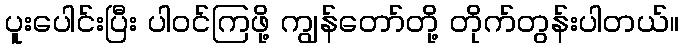
ပူးပေါင်းပြီး ပါဝင်ကြဖို့ ကျွန်တော်တို့ တိုက်တွန်းပါတယ်။